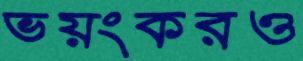
ভয়ংকরও